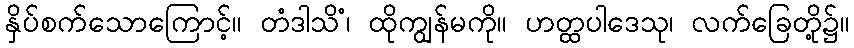
နှိပ်စက်သောကြောင့်။ တံဒါသိံ၊ ထိုကျွန်မကို။ ဟတ္ထပါဒေသု၊ လက်ခြေတို့၌။